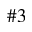
\# 3